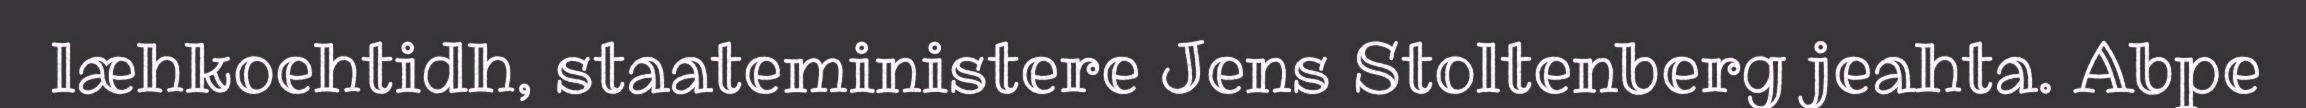
læhkoehtidh, staateministere Jens Stoltenberg jeahta. Abpe